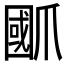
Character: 爴